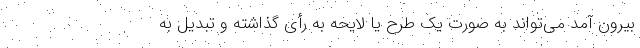
بیرون آمد می‌تواند به صورت یک طرح یا لایحه به رأی گذاشته و تبدیل به